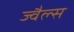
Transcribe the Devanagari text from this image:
ज्वैल्स